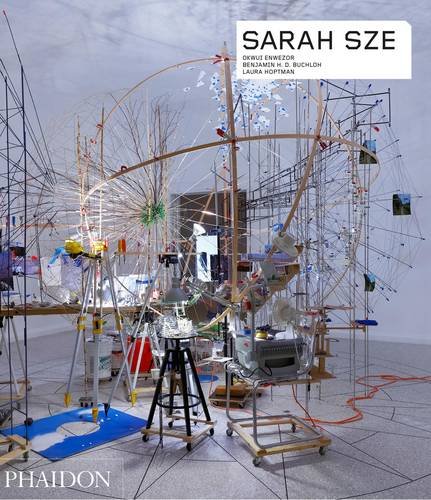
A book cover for Sarah Sze (Contemporary Artists Series); Benjamin H D Buchloh; Arts & Photography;